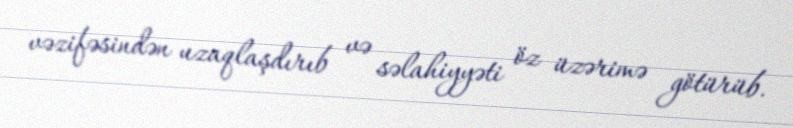
vəzifəsindən uzaqlaşdırıb və səlahiyyəti öz üzərimə götürüb.